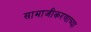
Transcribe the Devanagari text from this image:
सामाजीकरणाच्या